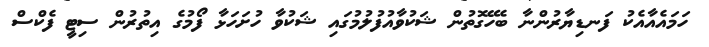
ހަމައެއާއެކު ފަނޑިޔާރުންނާ ބެހޭގޮތުން ޝަކުވާއުފުލުމުގައި ޝަކުވާ ހުށަހަޅާ ފޯމުގެ އިތުރުން ސިޓީ ފެކްސް